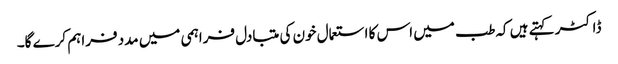
ڈاکٹر کہتے ہیں کہ طب میں اس کا استعمال خون کی متبادل فراہمی میں مدد فراہم کرے گا۔